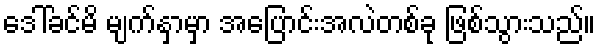
ဒေါ်ခင်မိ မျက်နှာမှာ အပြောင်းအလဲတစ်ခု ဖြစ်သွားသည်။